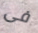
فى